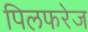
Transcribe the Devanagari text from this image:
पिलफरेज